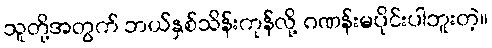
သူတို့အတွက် ဘယ်နှစ်သိန်းကုန်လို့ ဂဏန်းမပိုင်းပါဘူးတဲ့။